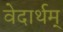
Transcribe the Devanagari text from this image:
वेदार्थम्